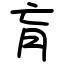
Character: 肓